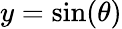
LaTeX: y=\sin(\theta)